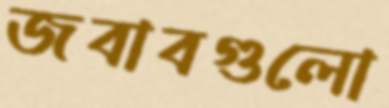
জবাবগুলো